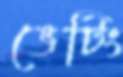
ভেটিং